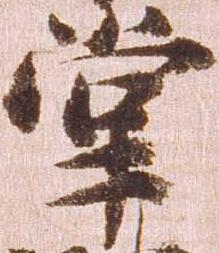
掌